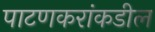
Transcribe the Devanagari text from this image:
पाटणकरांकडील